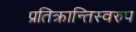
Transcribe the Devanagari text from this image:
प्रतिक्रान्तिस्वरुप